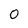
Character: 0